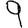
Digit: 9